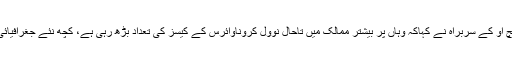
افریقہ کے حالات کے حوالے سے ڈبلیو ایچ او کے سربراہ نے کہاکہ وہاں پر بیشتر ممالک میں تاحال نوول کروناوائرس کے کیسز کی تعداد بڑھ رہی ہے، کچھ نئے جغرافیائی علاقوں میں بھی کیسز سامنے آرہے ہیں۔